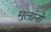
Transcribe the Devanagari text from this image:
मुलांनो